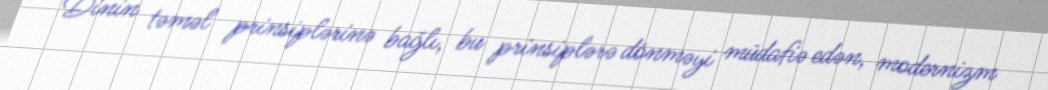
Dinin təməl prinsiplərinə bağlı, bu prinsiplərə dönməyi müdafiə edən, modernizm